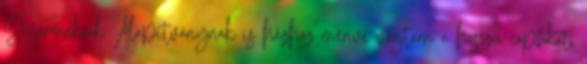
Gyermekrák Alapítványnak is házhoz menve vágtam a hosszú copfokat,